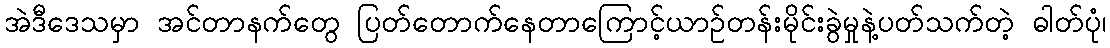
အဲဒီဒေသမှာ အင်တာနက်တွေ ပြတ်တောက်နေတာကြောင့်ယာဉ်တန်းမိုင်းခွဲမှုနဲ့ပတ်သက်တဲ့ ဓါတ်ပုံ၊